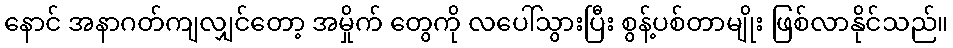
နောင် အနာဂတ်ကျလျှင်တော့ အမှိုက် တွေကို လပေါ်သွားပြီး စွန့်ပစ်တာမျိုး ဖြစ်လာနိုင်သည်။